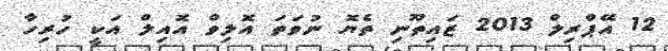
12 އޭޕްރިލް 2013 ޒައިތޫނި ތެޔޮ ނުވަތަ އޮލިވް އޮއިލް އަކީ ހުރިހާ